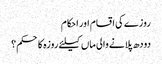
روزے کی اقسام اور احکام
دودھ پلانے والی ماں کیلئے روزہ کا حکم؟